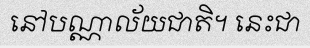
នៅបណ្ណាល័យជាតិ។ នេះជា